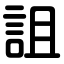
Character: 詛